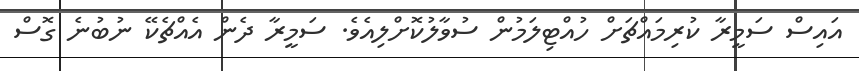
އައިސް ސަމީރާ ކުރިމައްޗަށް ހުއްޓިލަމުން ސުވާލުކޮށްލިއެވެ. ސަމީރާ ދެން އެއްޗެކޭ ނުބުނެ ގޮސް